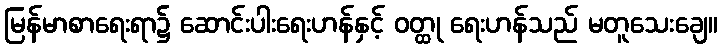
မြန်မာစာရေးရာ၌ ဆောင်းပါးရေးဟန်နှင့် ဝတ္ထု ရေးဟန်သည် မတူသေးချေ။